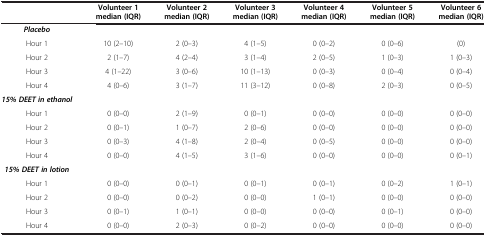
|  | Volunteer 1 median (IQR) | Volunteer 2 median (IQR) | Volunteer 3 median (IQR) | Volunteer 4 median (IQR) | Volunteer 5 median (IQR) | Volunteer 6 median (IQR) |
 | --- | --- | --- | --- | --- | --- | --- |
 | Placebo |  |  |  |  |  |  |
 | Hour 1 | 10 (2–10) | 2 (0–3) | 4 (1–5) | 0 (0–2) | 0 (0–6) | (0) |
 | Hour 2 | 2 (1–7) | 4 (2–4) | 3 (1–4) | 2 (0–5) | 1 (0–3) | 1 (0–3) |
 | Hour 3 | 4 (1–22) | 3 (0–6) | 10 (1–13) | 0 (0–3) | 0 (0–4) | 0 (0–4) |
 | Hour 4 | 4 (0–6) | 3 (1–7) | 11 (3–12) | 0 (0–8) | 2 (0–3) | 0 (0–5) |
 | 15% DEET in ethanol |  |  |  |  |  |  |
 | Hour 1 | 0 (0–0) | 2 (1–9) | 0 (0–1) | 0 (0–0) | 0 (0–0) | 0 (0–0) |
 | Hour 2 | 0 (0–1) | 1 (0–7) | 2 (0–6) | 0 (0–0) | 0 (0–0) | 0 (0–0) |
 | Hour 3 | 0 (0–3) | 4 (1–8) | 2 (0–4) | 0 (0–5) | 0 (0–0) | 0 (0–0) |
 | Hour 4 | 0 (0–0) | 4 (1–5) | 3 (1–6) | 0 (0–0) | 0 (0–0) | 0 (0–1) |
 | 15% DEET in lotion |  |  |  |  |  |  |
 | Hour 1 | 0 (0–0) | 0 (0–1) | 0 (0–1) | 0 (0–1) | 0 (0–2) | 1 (0–1) |
 | Hour 2 | 0 (0–0) | 0 (0–2) | 0 (0–0) | 1 (0–1) | 0 (0–0) | 0 (0–0) |
 | Hour 3 | 0 (0–1) | 1 (0–1) | 0 (0–0) | 0 (0–0) | 0 (0–1) | 0 (0–0) |
 | Hour 4 | 0 (0–0) | 2 (0–3) | 0 (0–2) | 0 (0–0) | 0 (0–0) | 0 (0–0) |